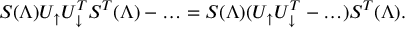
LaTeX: S ( \Lambda ) U _ { \uparrow } U _ { \downarrow } ^ { T } S ^ { T } ( \Lambda ) - \ldots = S ( \Lambda ) ( U _ { \uparrow } U _ { \downarrow } ^ { T } - \ldots ) S ^ { T } ( \Lambda ) .